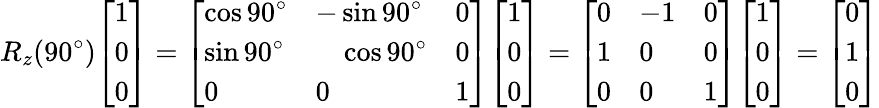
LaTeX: R_{z}(90^{\circ}){\left[\begin{array}{l}{1}\\ {0}\\ {0}\end{array}\right]}={\left[\begin{array}{lll}{\cos 90^{\circ}}&{-\sin 90^{\circ}}&{0}\\ {\sin 90^{\circ}}&{\quad\cos 90^{\circ}}&{0}\\ {0}&{0}&{1}\end{array}\right]}{\left[\begin{array}{l}{1}\\ {0}\\ {0}\end{array}\right]}={\left[\begin{array}{lll}{0}&{-1}&{0}\\ {1}&{0}&{0}\\ {0}&{0}&{1}\end{array}\right]}{\left[\begin{array}{l}{1}\\ {0}\\ {0}\end{array}\right]}={\left[\begin{array}{l}{0}\\ {1}\\ {0}\end{array}\right]}